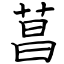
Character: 菖